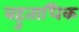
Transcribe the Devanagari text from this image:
बहुताधिक